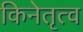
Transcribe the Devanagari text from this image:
किनेतृत्व